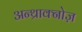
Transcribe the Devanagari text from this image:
अन्थ्राक्नोज़